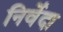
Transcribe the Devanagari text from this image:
निर्वेदा